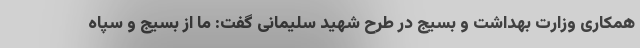
همکاری وزارت بهداشت و بسیج در طرح شهید سلیمانی گفت: ما از بسیج و سپاه